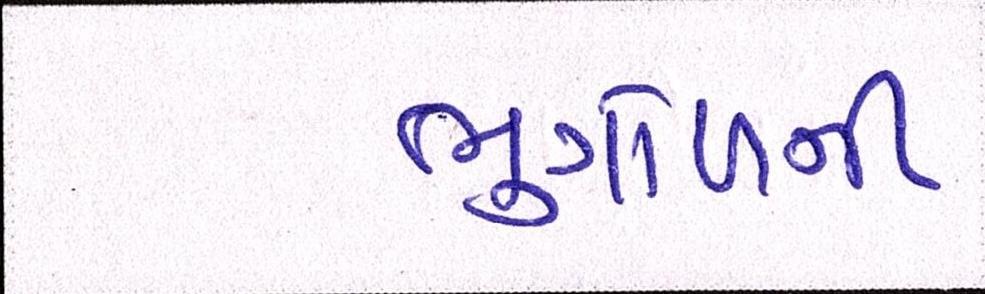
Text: ભુગોળની